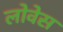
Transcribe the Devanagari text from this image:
लोवेस